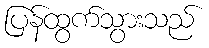
ပြန်ထွက်သွားသည်